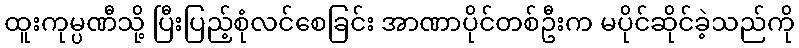
ထူးကုမ္ပဏီသို့ ပြီးပြည့်စုံလင်စေခြင်း အာဏာပိုင်တစ်ဦးက မပိုင်ဆိုင်ခဲ့သည်ကို